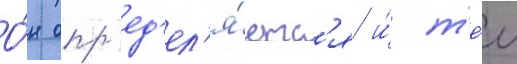
О́н опр'ед'ел'я́етс'я и́ т'е́м